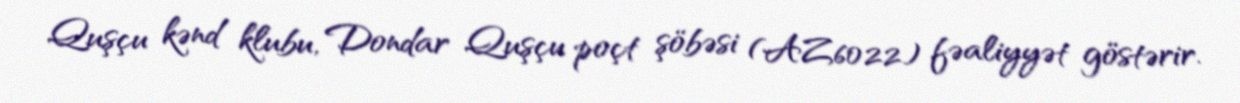
Quşçu kənd klubu, Dondar Quşçu poçt şöbəsi (AZ6022) fəaliyyət göstərir.